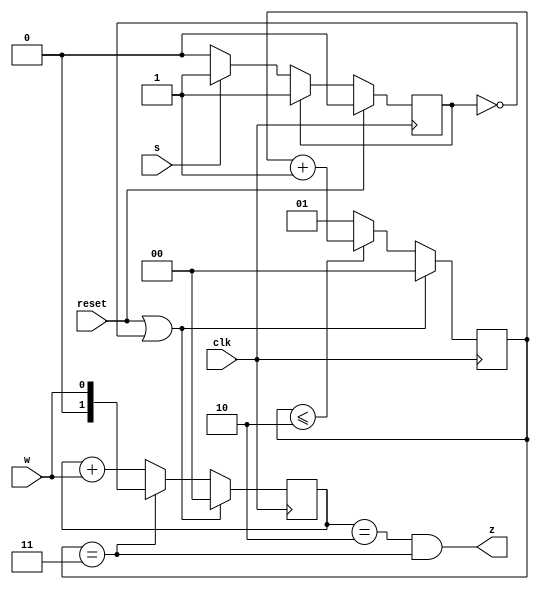
module top_module (
    input clk,
    input reset,   // Synchronous reset
    input s,
    input w,
    output z
);
	parameter A=0,B=1;
    reg state;
    reg next_state;
    reg [1:0]cle;
    reg [1:0]cout;
    always@(*)begin
        if(state==A)next_state=s?B:A;
        else next_state=B;
    end
    
    always@(posedge clk)begin
        if(reset)begin state<=A;end
        else begin state<=next_state;end
    end
    always@(posedge clk)begin
        if(reset||state==A)begin 
            cle<=0;
            cout<=0;
        end
        else begin
            if(cle<=2'b10)cle<=cle+1'b1;
            else cle<=2'b1;
            
            if(cle==2'b11)cout<=w;
            else cout<=cout+w;
            
                
        end
    end
    assign z=(cout==2'b10)&&(cle==2'b11);
    
endmodule

//3cycle1